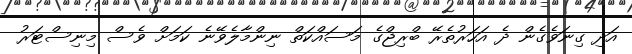
އަދި ގިނަވެގެން ދެ އަހަރުތެރޭ ބްރިޖްގެ މަސައްކަތް ނިންމާލެވޭނެ ކަަމަށް ވެސް މިނިސްޓަރު